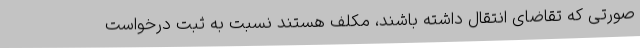
صورتی که تقاضای انتقال داشته باشند، مکلف هستند نسبت به ثبت درخواست